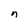
Character: n